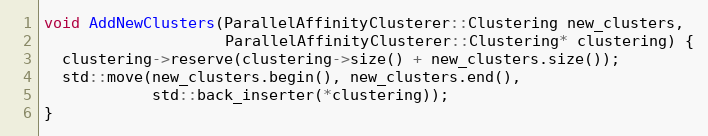
Language: C++
void AddNewClusters(ParallelAffinityClusterer::Clustering new_clusters,
                    ParallelAffinityClusterer::Clustering* clustering) {
  clustering->reserve(clustering->size() + new_clusters.size());
  std::move(new_clusters.begin(), new_clusters.end(),
            std::back_inserter(*clustering));
}